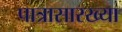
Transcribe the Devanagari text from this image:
पात्रासारख्या